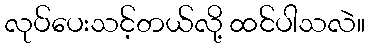
လုပ်ပေးသင့်တယ်လို့ ထင်ပါသလဲ။